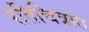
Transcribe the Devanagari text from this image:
रतिचित्रात